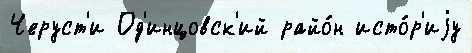
Черуст'и Од'инцовск'ий райо́н исто́р'иjу